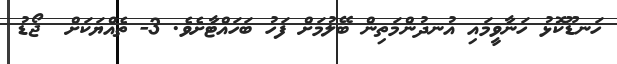
ހަނޑޫކޮޅު ހަނާވީމައި އުނދުންމަތިން ބޭލުމަށް ފަހު ބަހައްޓާށެވެ. 3- ތެއްޔަކަށް  ޖޯޑު